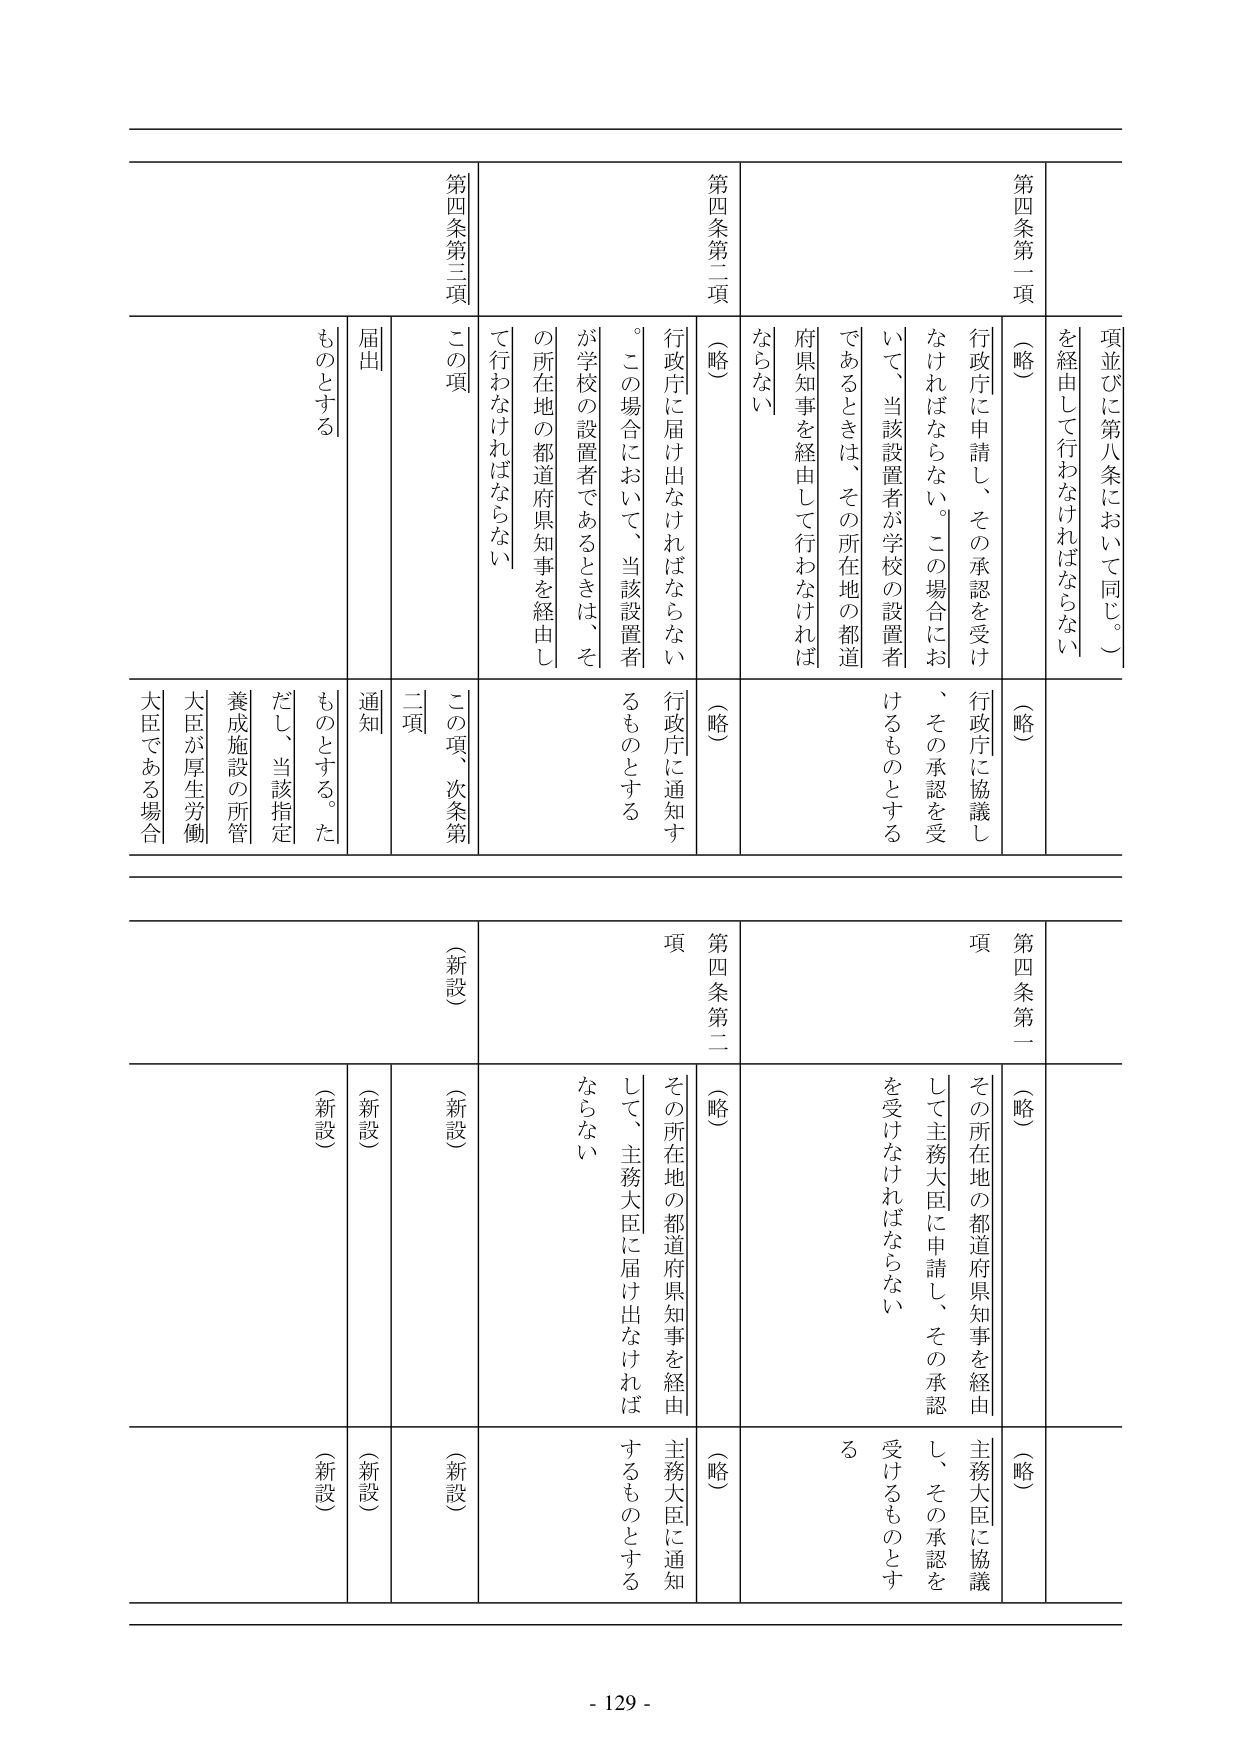
第四条第一項
（略）
行政庁に申請し、その承認を受けなければならない。この場合において、当該設置者が学校の設置者であるときは、その所在地の都道府県知事を経由して行わなければならない
項並びに第八条において同じ。）
を経由して行わなければならない

第四条第二項
（略）
行政庁に届け出なければならない。この場合において、当該設置者が学校の設置者であるときは、その所在地の都道府県知事を経由して行わなければならない

第四条第二項
（略）
行政庁に通知するものとする

第四条第二項
この項
届出
ものとする

第四条第一項
（略）
その所在地の都道府県知事を経由して主務大臣に申請し、その承認を受けなければならない

第四条第二項
（略）
その所在地の都道府県知事を経由して、主務大臣に届け出なければならない

第四条第二項
（略）
主務大臣に通知するものとする

（新設）
（新設）
（新設）
（新設）
（新設）
（新設）
（新設）
（新設）

この項、次条第二項
通知
ものとする。ただし、当該指定養成施設の所管大臣が厚生労働大臣である場合

- 129 -